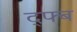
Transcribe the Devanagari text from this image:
द्फ्ब